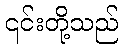
၎င်းတို့သည်